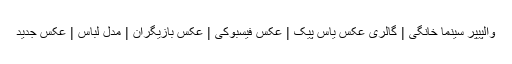
والپیپر سینما خانگی | گالری عکس یاس پیک | عکس فیسبوکی | عکس بازیگران | مدل لباس | عکس جدید